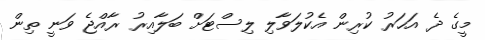
މީގެ ދެ އަހަރު ކުރިން އެކުލަވާލި ލިސްޓަށް ބަލާއިރު ރާއްޖެ ވަނީ ތިން